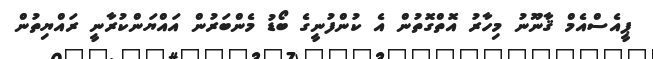
ޕީއެސްއެމް ޤާނޫނު މިހާރު އޮތްގޮތުން އެ ކުންފުނީގެ ބޯޑު މެންބަރުން އައްޔަންކުރާނީ ރައްޔިތުން